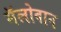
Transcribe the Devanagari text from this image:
मॅलोवान